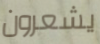
يشعرون